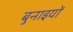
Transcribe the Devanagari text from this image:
बुनाइयों